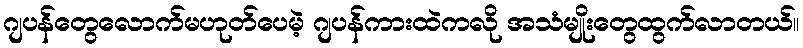
ဂျပန်တွေလောက်မဟုတ်ပေမဲ့ ဂျပန်ကားထဲကလို အသံမျိုးတွေထွက်လာတယ်။